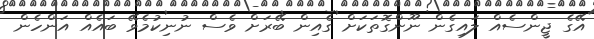
އޭގެ ޖީންސެއް ލައިގެން ނޫންގޮތަކަށް ގެއިން ބޭރަށް ވެސް ނުނިކުމެވޭ ބައެއް އަންހެން